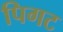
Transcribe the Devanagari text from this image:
पिगट